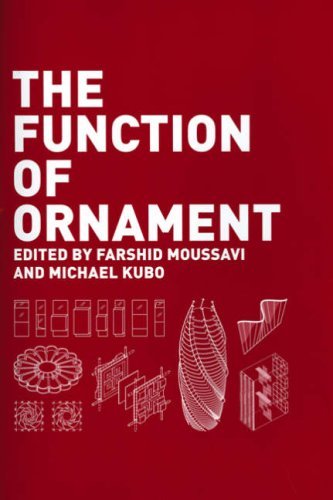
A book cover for The Function of Ornament: Second Printing; Farshid Moussavi; Arts & Photography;